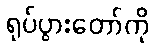
ရုပ်ပွားတော်ကို